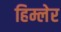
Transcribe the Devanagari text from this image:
हिम्लेर